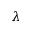
\lambda